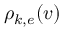
\rho _ { k , e } ( v )